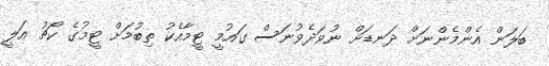
ބަލަން އެންމެންނަށް ދަނޑަށް ނުވަދެވުނަސް ގައުމީ ޓީމާއެކު ތިބުމަށް ޓީމުގެ ކޯޗު އަލީ